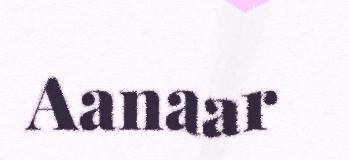
Aanaar